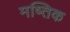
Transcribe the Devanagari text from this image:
मष्तिक